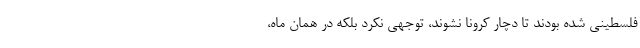
فلسطینی شده بودند تا دچار کرونا نشوند، توجهی نکرد بلکه در همان ماه،